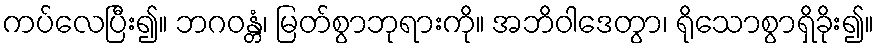
ကပ်လေပြီး၍။ ဘဂဝန္တံ၊ မြတ်စွာဘုရားကို။ အဘိဝါဒေတွာ၊ ရိုသောစွာရှိခိုး၍။